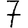
Digit: 7